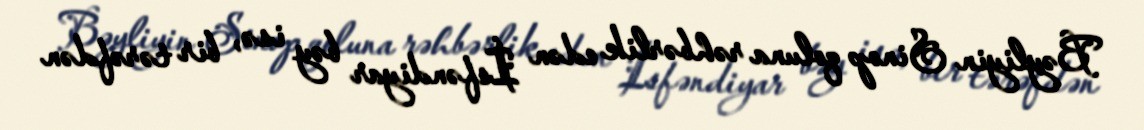
Bəyliyin Sinop qoluna rəhbərlik edən İsfəndiyar bəy isə, bir tərəfdən